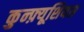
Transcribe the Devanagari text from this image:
कुन्फ़्यूशियस